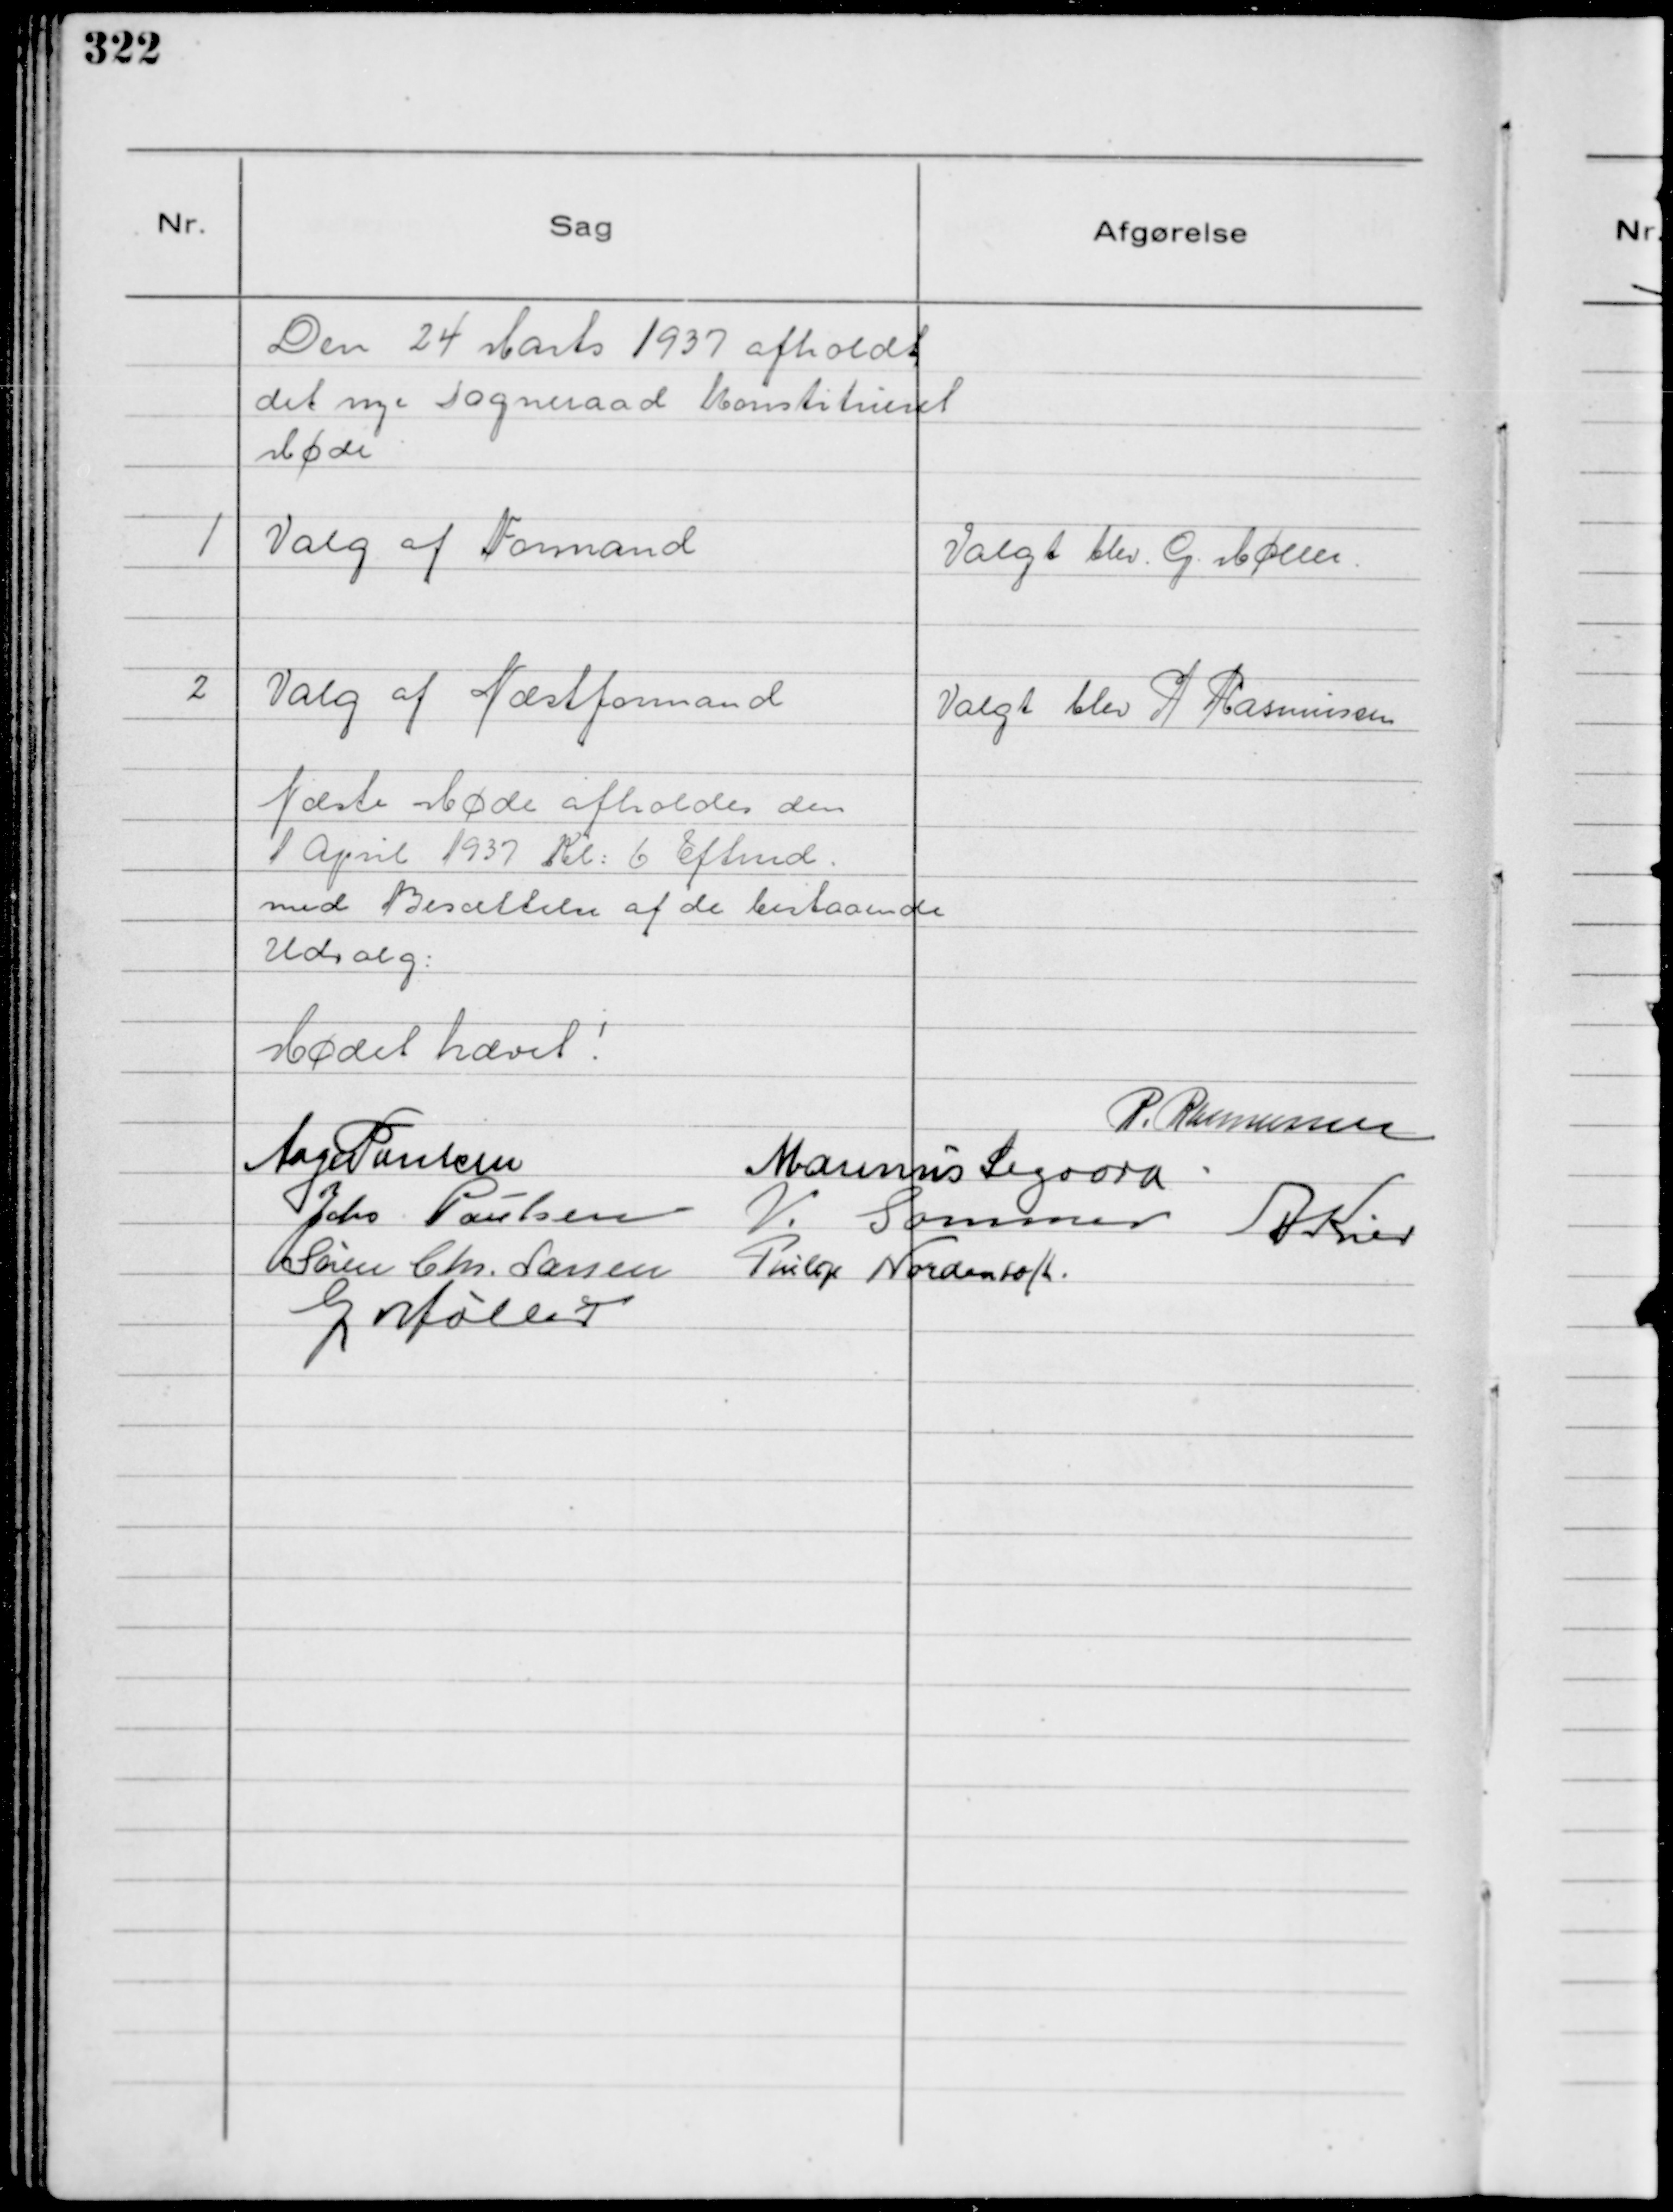
Transskription:
Den 24 Marts 1937 afholdt
det nye Sogneraad Konstitueret
Møde

1
Valg af Formand

Valgt blev G. Møller.

2
Valg af Næstformand

Valgt blev P Rasmussen

Næste Møde afholdes den
1 April 1937 Kl: 6 Eftmd.
med Besættelse af de bestaaende
Udvalg:

Mødet hævet!
P. Rasmussen
Aage Poulsen
Marinus Sigaard
Johs Poulsen
V. Sommer
A Kier
Søren Chr. Larsen
Philip Nordentoft.
G Møller